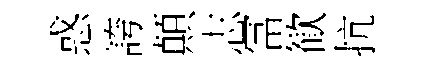
惑誇顛志冨歓抗